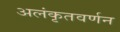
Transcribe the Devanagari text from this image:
अलंकृतवर्णन